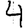
Digit: 4